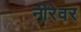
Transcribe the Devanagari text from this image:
नीरेवर